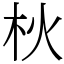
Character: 𣏹